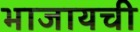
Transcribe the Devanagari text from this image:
भाजायची